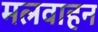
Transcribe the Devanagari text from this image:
मलवाहन